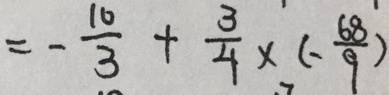
= - \frac { 1 0 } { 3 } + \frac { 3 } { 4 } \times ( - \frac { 6 8 } { 9 } )